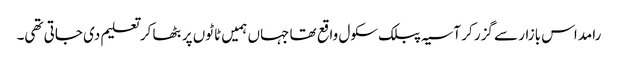
رامداس بازار سے گزر کر آسیہ پبلک سکول واقع تھا جہاں ہمیں ٹاٹوں پر بٹھا کر تعلیم دی جاتی تھی۔